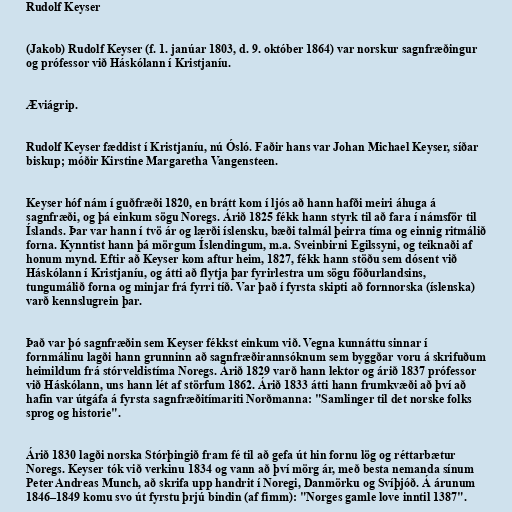
Rudolf Keyser

(Jakob) Rudolf Keyser (f. 1. janúar 1803, d. 9. október 1864) var norskur sagnfræðingur
og prófessor við Háskólann í Kristjaníu.

Æviágrip.

Rudolf Keyser fæddist í Kristjaníu, nú Ósló. Faðir hans var Johan Michael Keyser, síðar
biskup; móðir Kirstine Margaretha Vangensteen.

Keyser hóf nám í guðfræði 1820, en brátt kom í ljós að hann hafði meiri áhuga á
sagnfræði, og þá einkum sögu Noregs. Árið 1825 fékk hann styrk til að fara í námsför til
Íslands. Þar var hann í tvö ár og lærði íslensku, bæði talmál þeirra tíma og einnig ritmálið
forna. Kynntist hann þá mörgum Íslendingum, m.a. Sveinbirni Egilssyni, og teiknaði af
honum mynd. Eftir að Keyser kom aftur heim, 1827, fékk hann stöðu sem dósent við
Háskólann í Kristjaníu, og átti að flytja þar fyrirlestra um sögu föðurlandsins,
tungumálið forna og minjar frá fyrri tíð. Var það í fyrsta skipti að fornnorska (íslenska)
varð kennslugrein þar.

Það var þó sagnfræðin sem Keyser fékkst einkum við. Vegna kunnáttu sinnar í
fornmálinu lagði hann grunninn að sagnfræðirannsóknum sem byggðar voru á skrifuðum
heimildum frá stórveldistíma Noregs. Árið 1829 varð hann lektor og árið 1837 prófessor
við Háskólann, uns hann lét af störfum 1862. Árið 1833 átti hann frumkvæði að því að
hafin var útgáfa á fyrsta sagnfræðitímariti Norðmanna: "Samlinger til det norske folks
sprog og historie".

Árið 1830 lagði norska Stórþingið fram fé til að gefa út hin fornu lög og réttarbætur
Noregs. Keyser tók við verkinu 1834 og vann að því mörg ár, með besta nemanda sínum
Peter Andreas Munch, að skrifa upp handrit í Noregi, Danmörku og Svíþjóð. Á árunum
1846–1849 komu svo út fyrstu þrjú bindin (af fimm): "Norges gamle love inntil 1387".